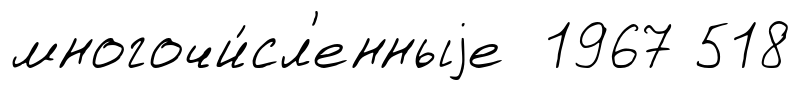
многочи́сл'енныjе 1967 518